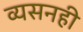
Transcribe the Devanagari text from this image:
व्यसनही